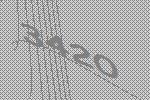
3420